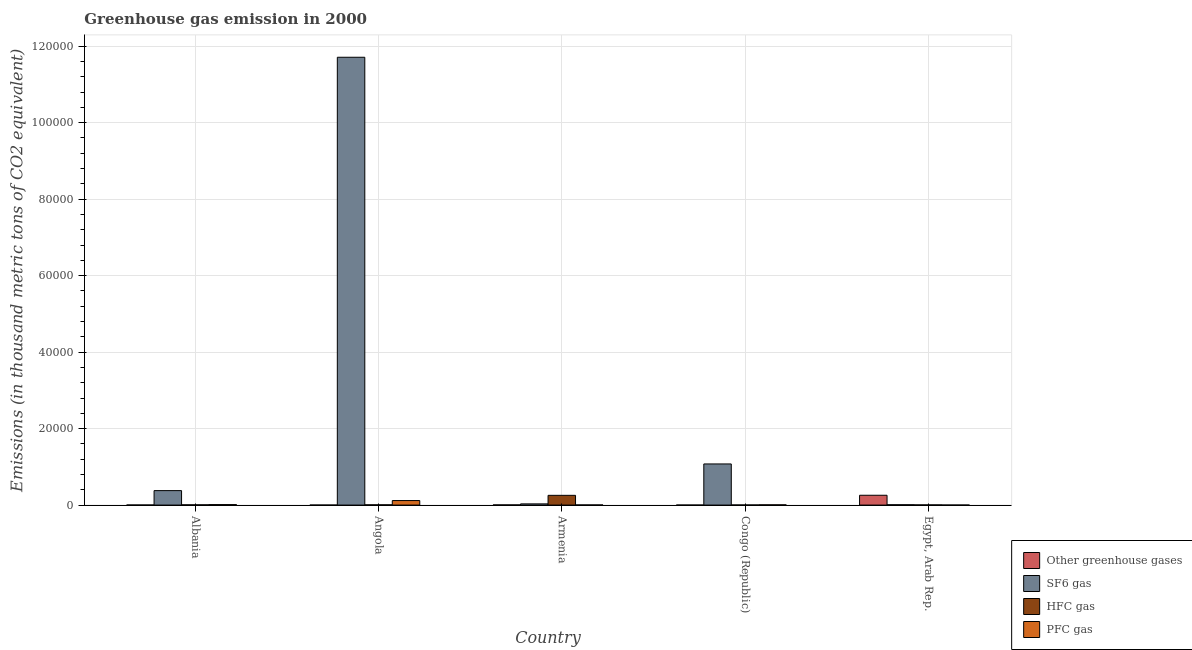
| Country | Other greenhouse gases | SF6 gas | HFC gas | PFC gas |
 | --- | --- | --- | --- | --- |
 | Albania | 15.5 | 3.78e+03 | 60.5 | 122 |
 | Angola | 0.7 | 1.17e+05 | 63 | 1.18e+03 |
 | Armenia | 42 | 311 | 2.55e+03 | 32.8 |
 | Congo (Republic) | 0.8 | 1.08e+04 | 25.2 | 63 |
 | Egypt, Arab Rep. | 2.57e+03 | 81.4 | 41.4 | 3.5 |